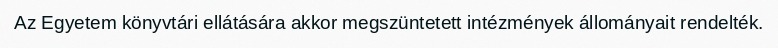
Az Egyetem könyvtári ellátására akkor megszüntetett intézmények állományait rendelték.